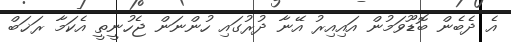
އެ ދެބެން ބޮޑޫވަމުން އައިއިރު އޭނާ ދުރުގައި ހުންނަން ޖެހުނީތީ އެކަމާ ރަޚަބް